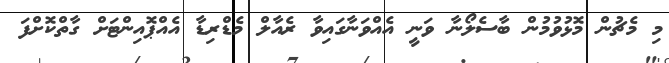
މި މެޗުން މޮޅުވުމުން ބާސެލޯނާ ވަނީ އެއްވަނާގައިވާ ރެއާލް މެޑްރިޑާ އެއްޕޮއިންޓަށް ގާތްކޮށްފަ